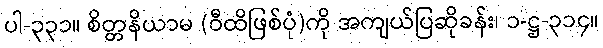
ပါ-၃၃၁။ စိတ္တနိယာမ (ဝီထိဖြစ်ပုံ)ကို အကျယ်ပြဆိုခန်း၊ ၁-ဋ္ဌ-၃၁၄။